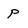
Character: p